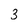
Character: 3